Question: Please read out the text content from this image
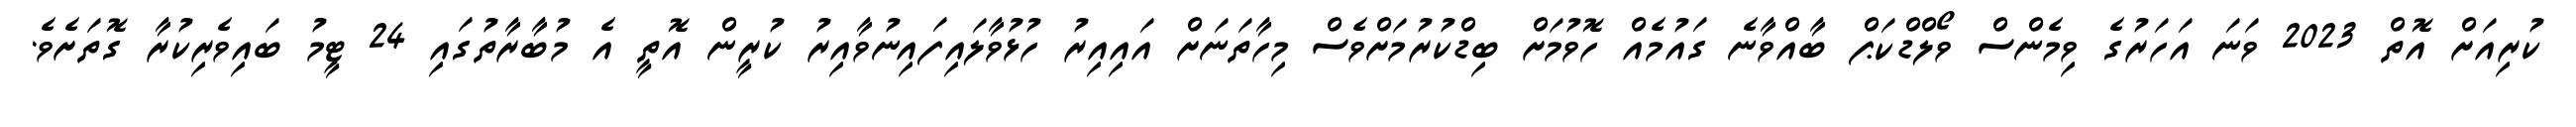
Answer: ކުރިއަށް އޮތް 2023 ވަނަ އަހަރުގެ ވިމެންސް ވޯލްޑްކަޕް ބާއްވާނެ ގައުމެއް ހޮވުމަށް ބިޑްކުރުމަށްވެސް މިހާތަނަށް އައިއިރު ހުޅުވާލައިފައިނުވާއިރު ކުރީން އޮތީ އެ މުބާރާތުގައި 24 ޓީމު ބައިވެރިކުރާ ގޮތަށެވެ.